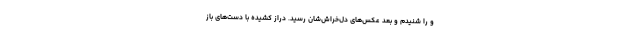
و را شنیدم و بعد عکس‌های دل‌خراش‌شان رسید. دراز کشیده با دست‌های باز